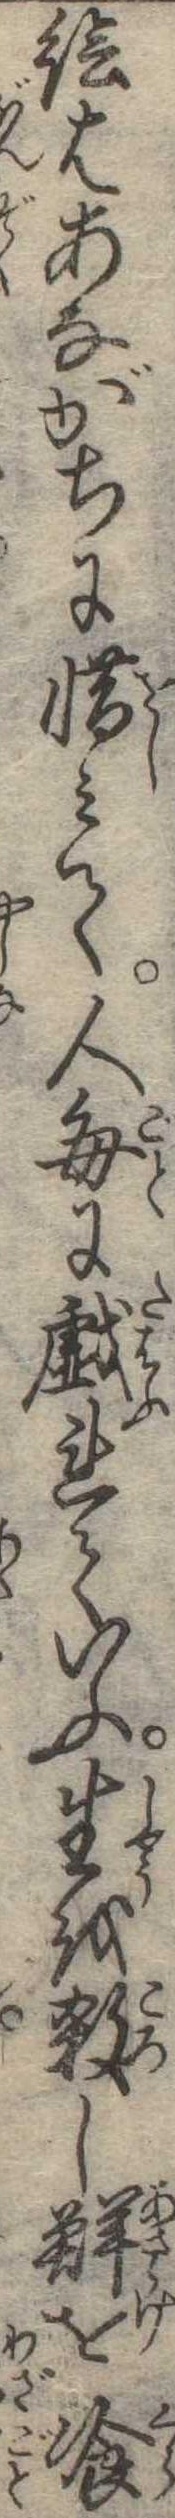
絵はあながちに惜みて人毎に戯れていふ生を殺し鮮を喰